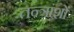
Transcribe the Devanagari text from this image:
तन्त्रांशों